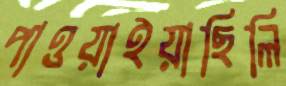
পাওয়াইয়াছিলি